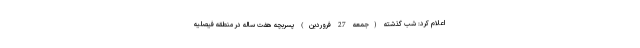
اعلام کرد: شب گذشته (جمعه 27 فروردین) پسربچه هفت ساله در منطقه فیصلیه